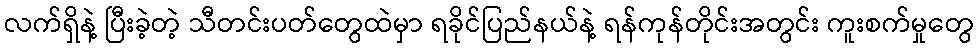
လက်ရှိနဲ့ ပြီးခဲ့တဲ့ သီတင်းပတ်တွေထဲမှာ ရခိုင်ပြည်နယ်နဲ့ ရန်ကုန်တိုင်းအတွင်း ကူးစက်မှုတွေ